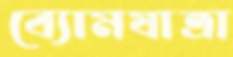
ব্যোমযাত্রা